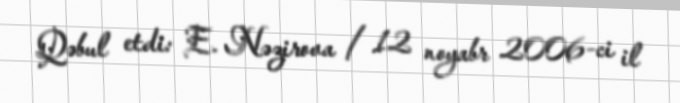
Qəbul etdi: E. Nəzirova / 12 noyabr 2006-ci il